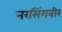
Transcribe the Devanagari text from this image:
नरसिंगवीर